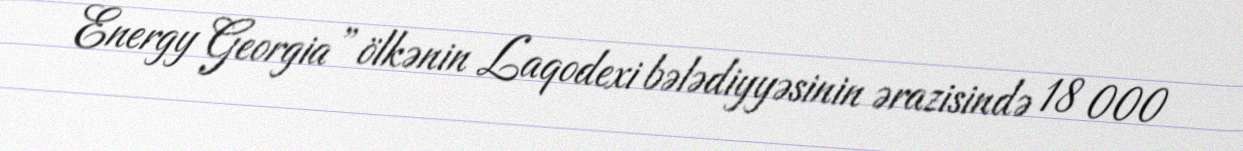
Energy Georgia” ölkənin Laqodexi bələdiyyəsinin ərazisində 18 000